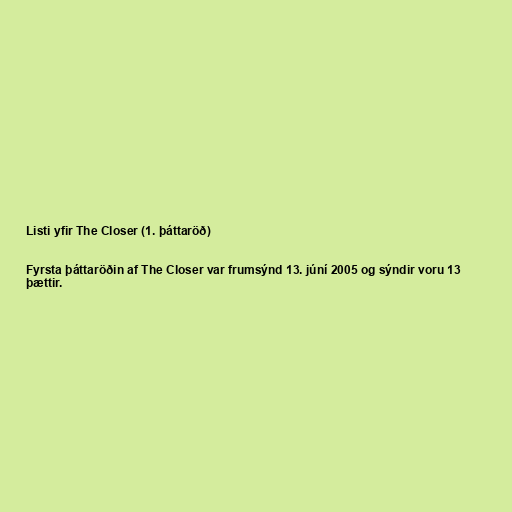
Listi yfir The Closer (1. þáttaröð)

Fyrsta þáttaröðin af The Closer var frumsýnd 13. júní 2005 og sýndir voru 13
þættir.